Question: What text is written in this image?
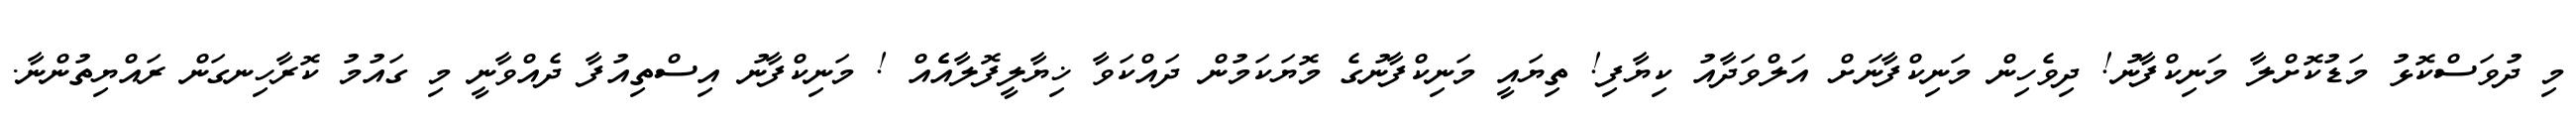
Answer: މި ދުވަސްކޮޅު މަޑުކޮށްލާ މަނިކްފާނު! ދިވެހިން މަނިކްފާނަށް އަލްވަދާއު ކިޔާފި! ތިޔައީ މަނިކްފާނުގެ މޮޔަކަމުން ދައްކަވާ ޚިޔާލީފޮލާއެެއް ! މަނިކްފާނު އިސްތިއުފާ ދެއްވާނީ މި ގައުމު ކޮރާހިނގަން ރައްޔިތުންނާ.